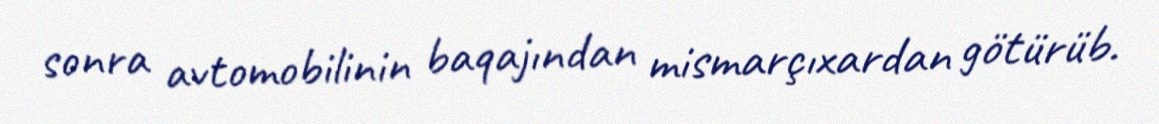
sonra avtomobilinin baqajından mismarçıxardan götürüb.